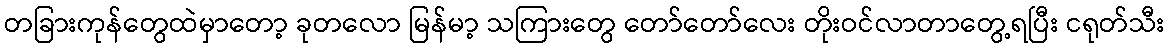
တခြားကုန်တွေထဲမှာတော့ ခုတလော မြန်မာ့ သကြားတွေ တော်တော်လေး တိုးဝင်လာတာတွေ့ရပြီး ငရုတ်သီး